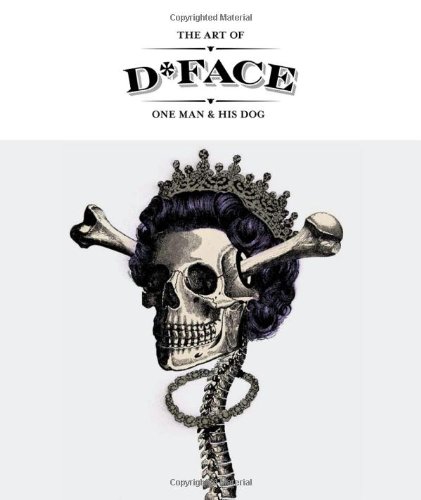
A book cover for The Art of D*Face: One Man and His Dog; D*Face; Arts & Photography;